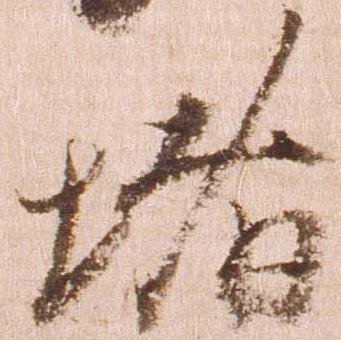
堵